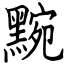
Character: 黦